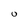
Character: 0